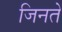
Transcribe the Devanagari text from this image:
जिनते